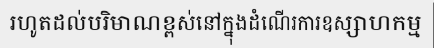
រហូតដល់បរិមាណខ្ពស់នៅក្នុងដំណើរការឧស្សាហកម្ម